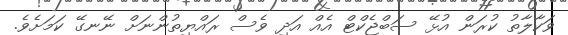
ވަކާލާތު ކުރަން އުޅޭ ސަބްޖެކްޓް އެއް އަދި ވެސް ރައްޔިތުންނަށް ނޭނގޭ ކަމަށެވެ.